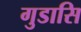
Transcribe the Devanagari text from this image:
गुडासि